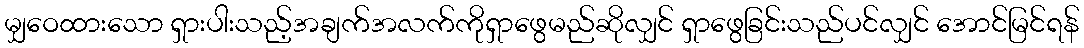
မျှဝေထားသော ရှားပါးသည့်အချက်အလက်ကိုရှာဖွေမည်ဆိုလျှင် ရှာဖွေခြင်းသည်ပင်လျှင် အောင်မြင်ရန်